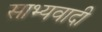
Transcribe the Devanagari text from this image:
साभ्यवादी